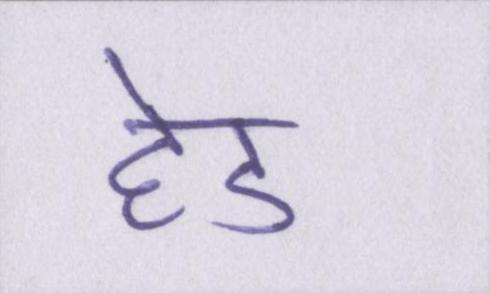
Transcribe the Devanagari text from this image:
हेड